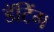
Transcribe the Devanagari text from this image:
डॅटिंग